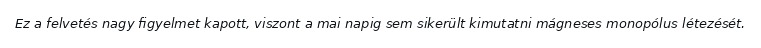
Ez a felvetés nagy figyelmet kapott, viszont a mai napig sem sikerült kimutatni mágneses monopólus létezését.